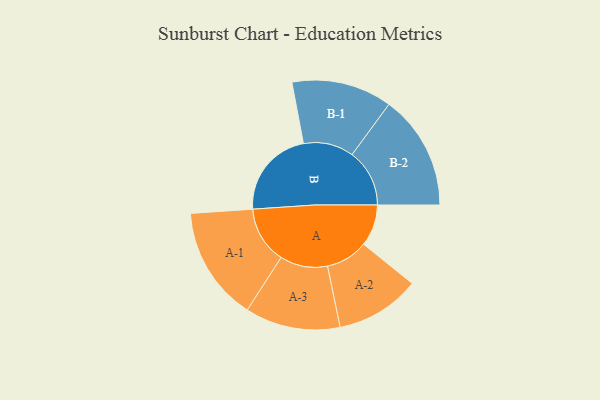
{"axis": {"x": "Segment", "y": "Value"}, "legend": ["", "A", "B"], "data": [{"x": "A", "y": 202, "type": ""}, {"x": "B", "y": 432, "type": ""}, {"x": "A-1", "y": 277, "type": "A"}, {"x": "A-2", "y": 205, "type": "A"}, {"x": "A-3", "y": 231, "type": "A"}, {"x": "B-1", "y": 244, "type": "B"}, {"x": "B-2", "y": 279, "type": "B"}]}